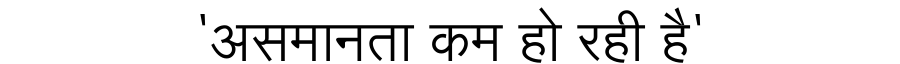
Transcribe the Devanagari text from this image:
'असमानता कम हो रही है'